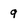
Character: 9